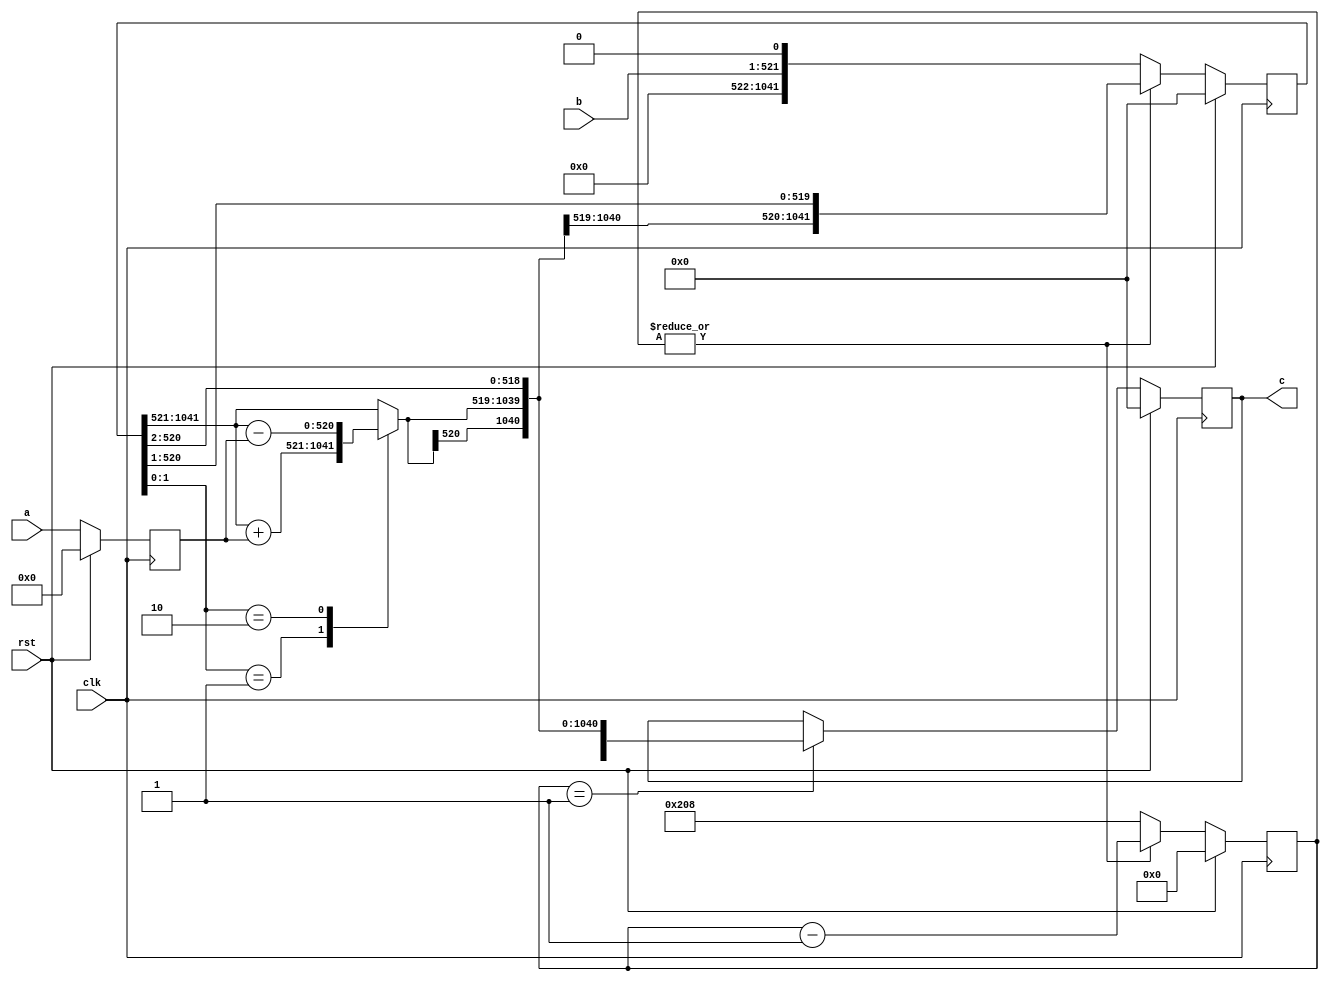
// TalTech large integer multiplier library
// Multiplier type: booth
// Parameters: 521 521 2
// Target tool: genus
module booth(clk, rst, a, b, c);
input clk;
input rst;
input [520:0] a;
input [520:0] b;
output reg [1041:0] c;

// Testing 456
reg [520:0] c_temp_1;


// Registers declaration 
reg  [520:0] mul_w_signguard;
reg  [9:0] count;
reg  [520:0] add_w_signguard;
reg  [1041:0] mul_ab1;

// Step-1 of Booth Multiplier
always @(posedge clk) begin
	if (rst)
		count <= 10'd0;
	else if (|count)
		count <= (count - 1);
	else
		count <= 10'd520;
end

// Step-2 of Booth Multiplier
always @(posedge clk) begin
	if (rst)
		mul_w_signguard <= 520'd0;
	else
		mul_w_signguard <= {a[520 - 1], a};
end

// Step-3 of Booth Multiplier
always @(*) begin
	case (mul_ab1[1:0])
		2'b01     : c_temp_1 <= mul_ab1[1041:521] + mul_w_signguard;
		2'b10     : c_temp_1 <= mul_ab1[1041:521] - mul_w_signguard;
		default   : c_temp_1 <= mul_ab1[1041:521];
	endcase
end

// Step-4 of Booth Multiplier
always @(posedge clk) begin
	if (rst)
		mul_ab1 <= 1041'd0;
	else if (|count)
		mul_ab1 <= {c_temp_1[520], c_temp_1, mul_ab1[520:1]};
	else
		mul_ab1 <= {b, 1'b0};
end

// Step-5 of Booth Multiplier
always @(posedge clk) begin
	if (rst)
		c <= 1041'd0;
	else if (count == 1)
		c <= {c_temp_1[520], c_temp_1, mul_ab1[520:2]};
end

// pipeline stages
always @(posedge clk) begin
	add_w_signguard <= c_temp_1;
end
endmodule